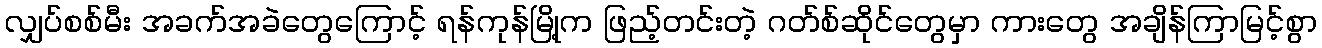
လျှပ်စစ်မီး အခက်အခဲတွေကြောင့် ရန်ကုန်မြို့က ဖြည့်တင်းတဲ့ ဂတ်စ်ဆိုင်တွေမှာ ကားတွေ အချိန်ကြာမြင့်စွာ